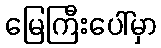
မြေကြီးပေါ်မှာ